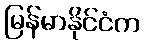
မြန်မာနိုင်ငံက